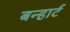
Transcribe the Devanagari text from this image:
बन्हार्ट